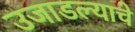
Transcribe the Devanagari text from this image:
उजाडल्याचे